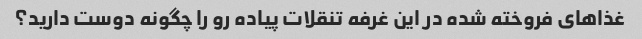
غذاهای فروخته شده در این غرفه تنقلات پیاده رو را چگونه دوست دارید؟